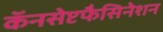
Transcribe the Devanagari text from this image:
कॅनसेप्टफैसिनेशन